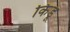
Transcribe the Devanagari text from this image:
किंडू